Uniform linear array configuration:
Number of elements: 8
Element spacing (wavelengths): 1
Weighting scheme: blackman
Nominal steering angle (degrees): -45
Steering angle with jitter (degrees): -43.851
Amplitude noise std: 0.05
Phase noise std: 0.05

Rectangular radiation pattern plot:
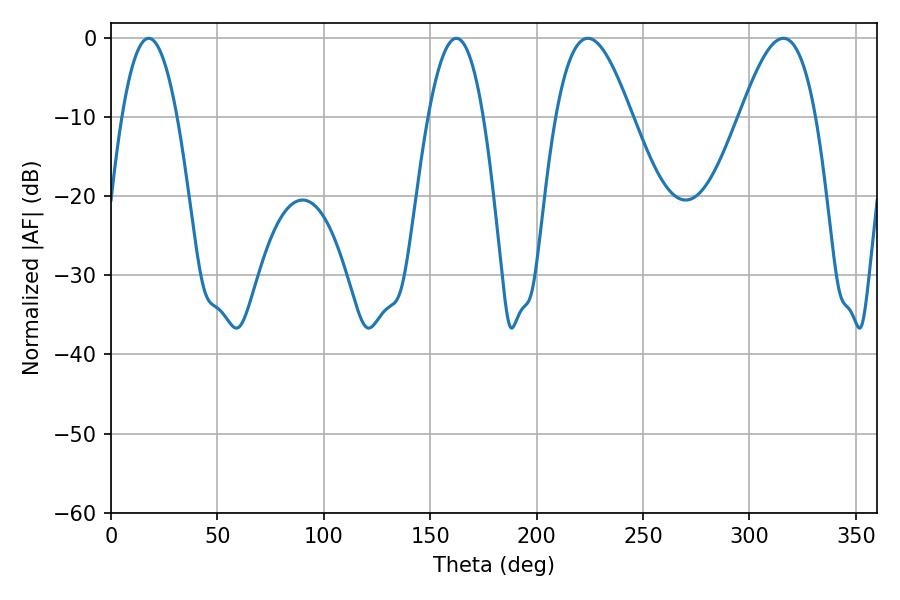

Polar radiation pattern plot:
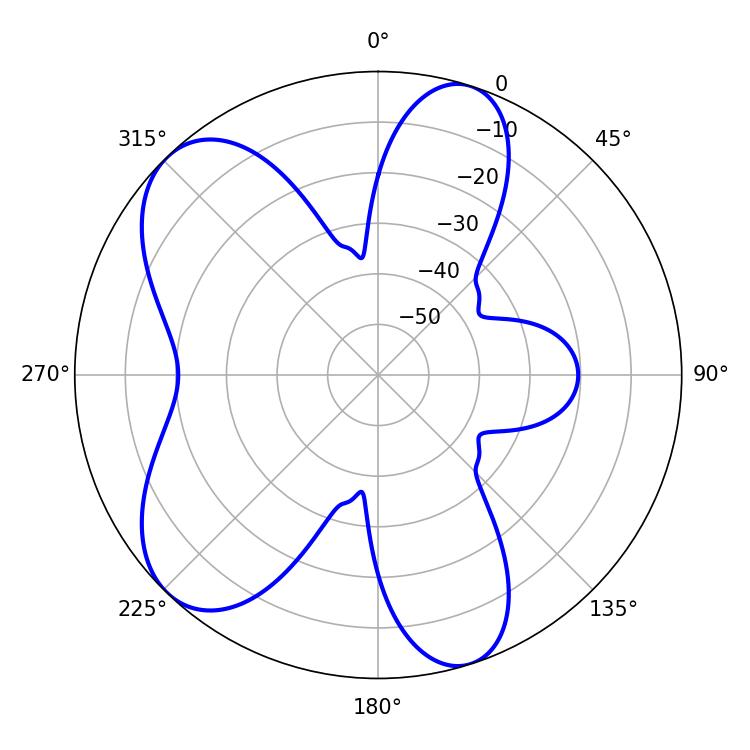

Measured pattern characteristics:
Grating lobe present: TRUE
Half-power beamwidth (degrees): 19.26
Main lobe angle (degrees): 224.1